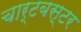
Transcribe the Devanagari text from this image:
चार्टबस्टर